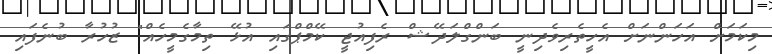
މިކަމަށް އަހަންނަށް އެހީތެރިވެދިނީ ބަންގްލަދޭޝް ރެފިއުޖީ ކޭމްޕްގައި އުޅޭ ތިމާގެމީހެއް" ޒުހުރާ ބުނެފައި